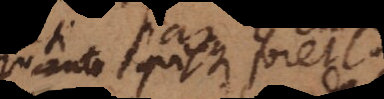
quanto quisque foret